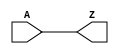
module CLKBUF_X1 (A, Z);
  input A;
  output Z;

  buf(Z, A);


endmodule